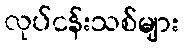
လုပ်ငန်းသစ်များ